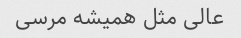
عالی مثل همیشه مرسی